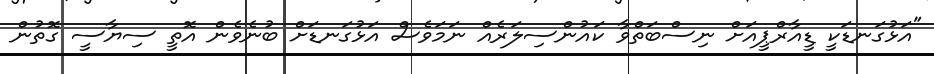
"އަޅުގަނޑަކީ ޑީއާރްޕީއަށް ނިސްބަތްވާ ކައުންސިލަރެއް ނަމަވެސް އަޅުގަނޑަށް ބުނެވެން އޮތީ ސިޔާސީ ގޮތުން